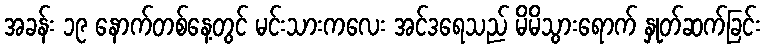
အခန်း ၁၉ နောက်တစ်နေ့တွင် မင်းသားကလေး အင်ဒရေသည် မိမိသွားရောက် နှုတ်ဆက်ခြင်း